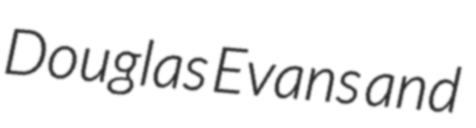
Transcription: Douglas Evans and